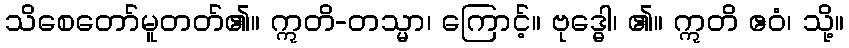
သိစေတော်မူတတ်၏။ ဣတိ-တသ္မာ၊ ကြောင့်။ ဗုဒ္ဓေါ၊ ၏။ ဣတိ ဧဝံ၊ သို့။